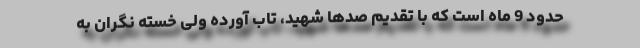
حدود 9 ماه است که با تقدیم صدها شهید، تاب آورده ولی خسته نگران به